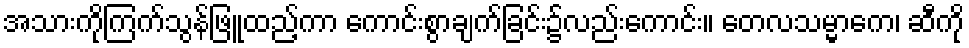
အသားကိုကြက်သွန်ဖြူထည့်ကာ ကောင်းစွာချက်ခြင်း၌လည်းကောင်း။ တေလသမ္မာကေ၊ ဆီကို